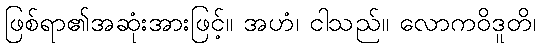
ဖြစ်ရာ၏အဆုံးအားဖြင့်။ အဟံ၊ ငါသည်။ လောကဝိဒူတိ၊